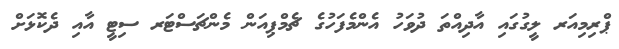
ޕްރިމިއަރ ލީގުގައި އާދިއްތަ ދުވަހު އެންމެފަހުގެ ޗެމްޕިއަން މެންޗަސްޓަރ ސިޓީ އާއި ދެކޮޅަށް